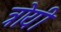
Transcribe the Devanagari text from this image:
त्रोयी